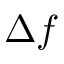
\Delta f